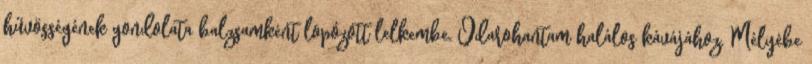
hűvösségének gondolata balzsamként lopózott lelkembe. Odarohantam halálos kávájához. Mélyébe